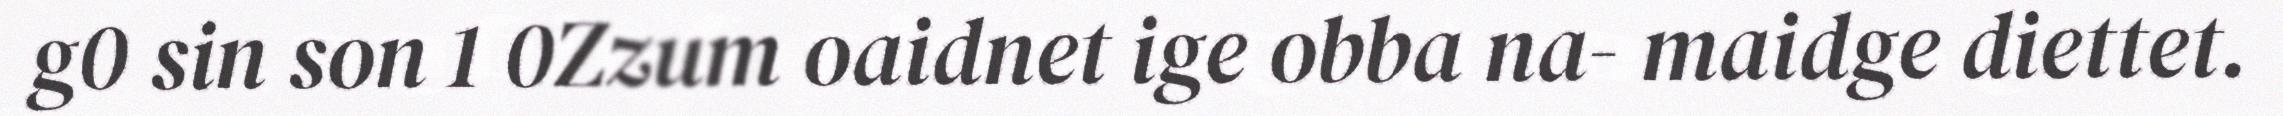
g0 sin son 1 0Zzum oaidnet ige obba na- maidge diettet.